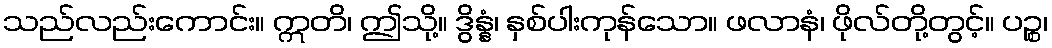
သည်လည်းကောင်း။ ဣတိ၊ ဤသို့။ ဒွိန္နံ၊ နှစ်ပါးကုန်သော။ ဖလာနံ၊ ဖိုလ်တို့တွင့်။ ပဉ္စ၊